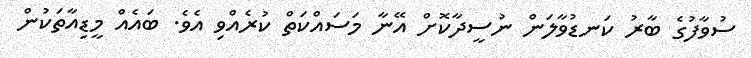
ސުވާފުގެ ބާރު ކަނޑުވާލަން ނުސީދާކޮށް އޭނާ މަސައްކަތް ކުރެއްވި އެވެ. ބައެއް މީޑިއާތަކުން